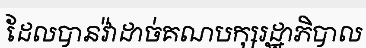
ដែលបានវ៉ាដាច់គណបក្សរដ្ឋាភិបាល